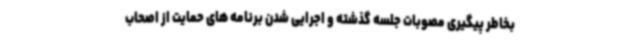
بخاطر پیگیری مصوبات جلسه گذشته و اجرایی شدن برنامه های حمایت از اصحاب